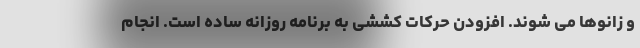
و زانوها می شوند. افزودن حرکات کششی به برنامه روزانه ساده است. انجام